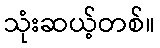
သုံးဆယ့်တစ်။